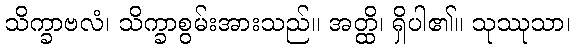
သိက္ခာဗလံ၊ သိက္ခာစွမ်းအားသည်။ အတ္ထိ၊ ရှိပါ၏။ သုဿုသာ၊